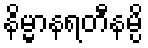
နိမ္မာနရတီနမ္ပိ